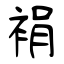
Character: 裐